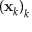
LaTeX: \left( \mathbf { x } _ { k } \right) _ { k }